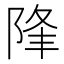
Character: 䧏